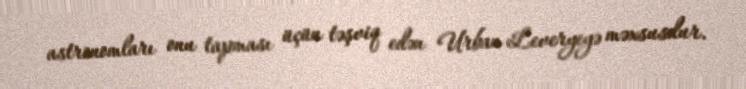
astronomları onu tapması üçün təşviq edən Urban Leveryeyə məxsusdur.